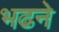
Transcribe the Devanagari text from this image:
भढने